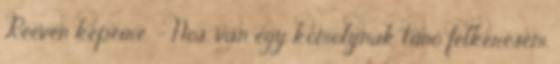
Reeven képeire. - Nos, van egy komolynak tűnő felkérésem.